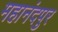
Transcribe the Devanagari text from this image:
महानंदपुर